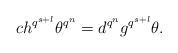
LaTeX: \begin{align*}ch^{q^{s+l}}\theta^{q^n} = d^{q^n}g^{q^{s+l}}\theta.\end{align*}